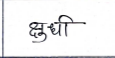
मजकूर: क्षुधी